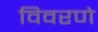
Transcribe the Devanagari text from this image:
विवरणे